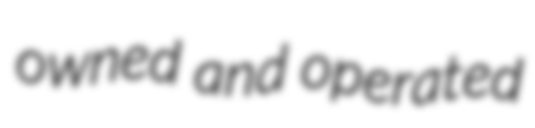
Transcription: owned and operated